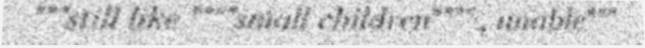
"""still like """"small children"""" , unable"""